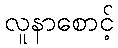
လူနာစောင့်